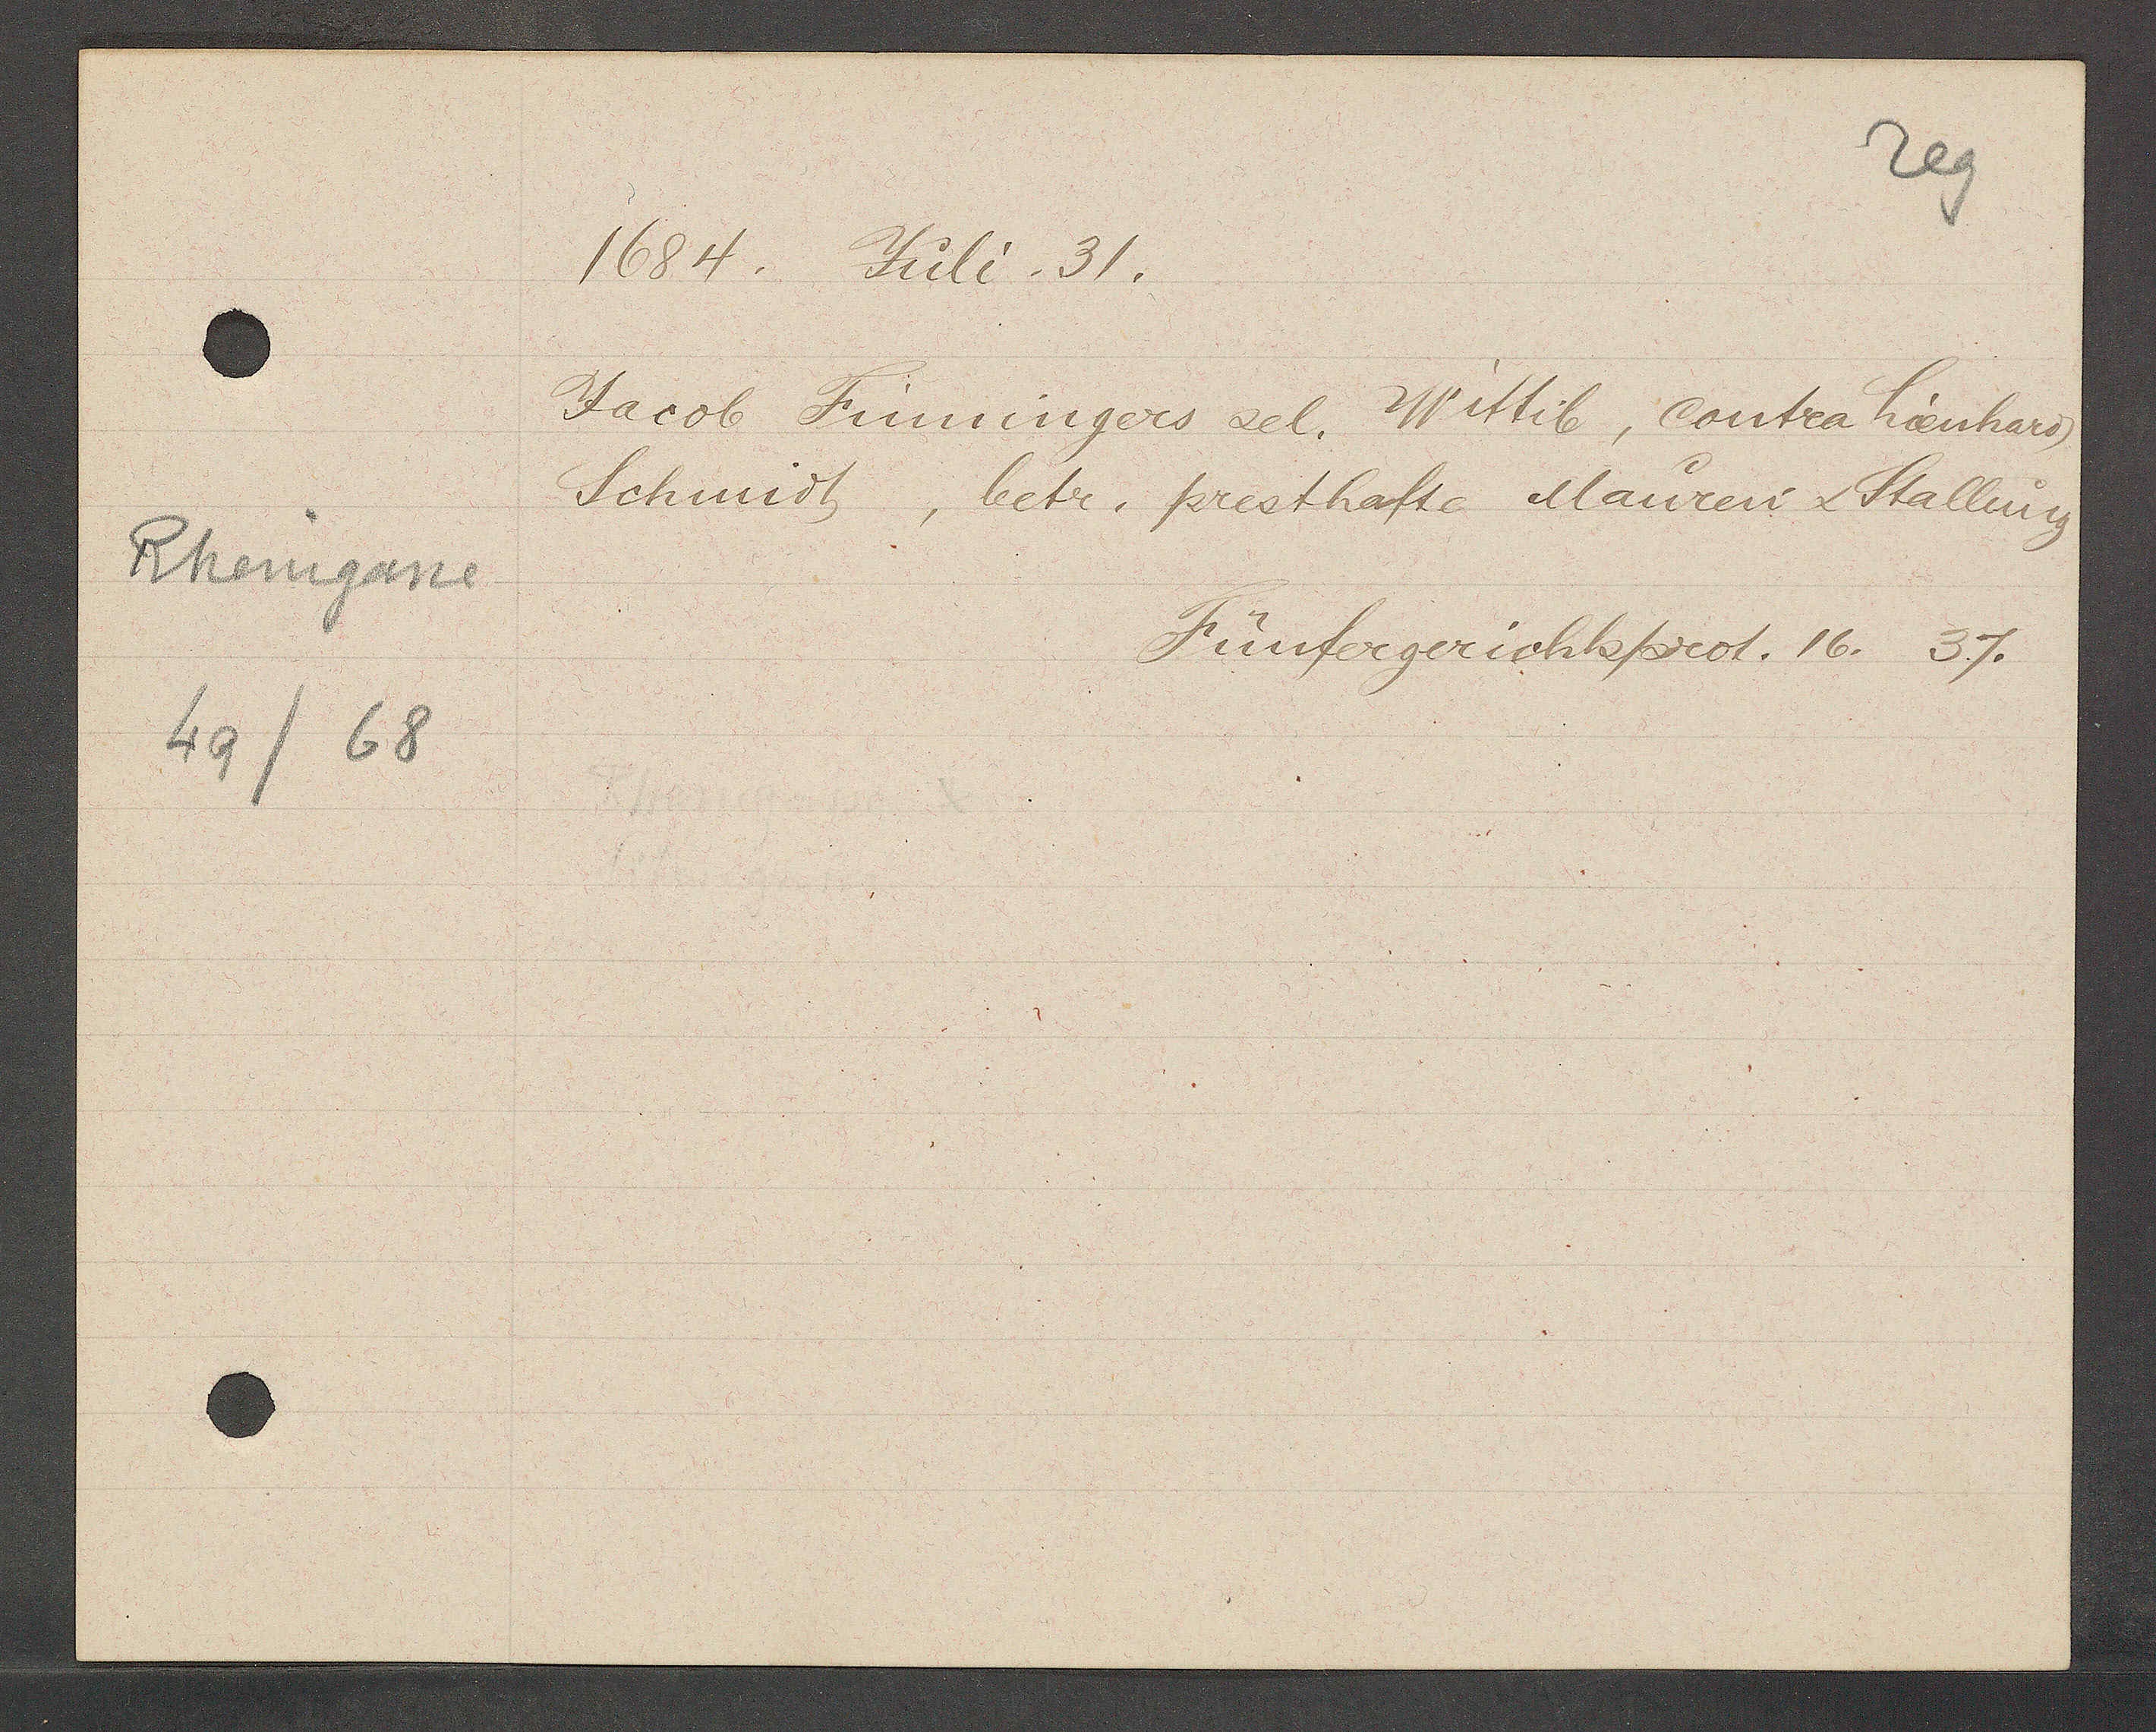
Transcript:
Rheingasse
49/68

1684. Juli. 31.

Jacob Finningers sel. Wittib, contra hienhard
Schmidt, betr. presthafte Mauren u. Stallung

Fünfergerichtsprot. 16. 37.